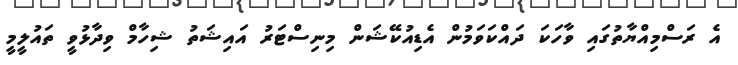
އެ ރަސްމިއްޔާތުގައި ވާހަކަ ދައްކަވަމުން އެޑިއުކޭޝަން މިނިސްޓަރު އައިޝަތު ޝިހާމް ވިދާޅުވީ ތައުލީމީ